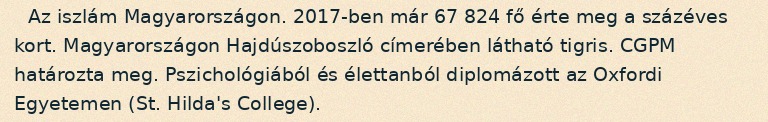
Az iszlám Magyarországon. 2017-ben már 67 824 fő érte meg a százéves kort. Magyarországon Hajdúszoboszló címerében látható tigris. CGPM határozta meg. Pszichológiából és élettanból diplomázott az Oxfordi Egyetemen (St. Hilda's College).